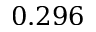
0 . 2 9 6